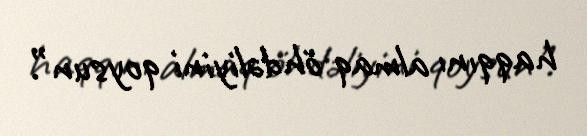
haqqını almaq öhdəliyini qoysun”.